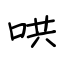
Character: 哄